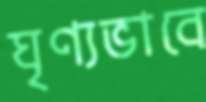
ঘৃণ্যভাবে